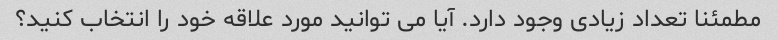
مطمئنا تعداد زیادی وجود دارد. آیا می توانید مورد علاقه خود را انتخاب کنید؟